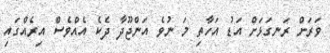
ވަރަށް ރަނގަޅަށް އަޑު އަހާތި މަ ނުވެ އަންޖޫދާ ދެކެ އެއްވެސް އިރެއްގައި